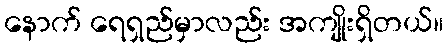
နောက် ရေရှည်မှာလည်း အကျိုးရှိတယ်။